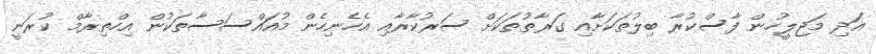
އަދި މަޖިލީހުން ފާސްކުރާ ބިލުތަކަށާއި ގަރާތުތަކަށް ސަރުކާރާއި އެހެނިހެން މުއައްސަސާތަކުން އިހްތިރާމް ކުރަނީ